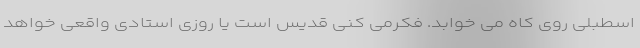
اسطبلی روی کاه می خوابد. فکرمی کنی قدیس است یا روزی استادی واقعی خواهد